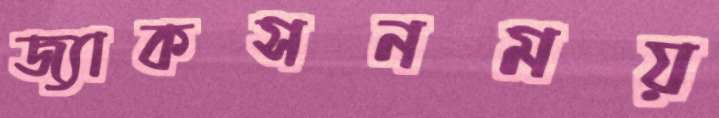
জ্যাকসনময়